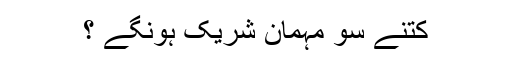
کتنے سو مہمان شریک ہونگے ؟